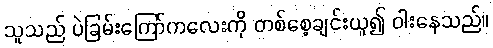
သူသည် ပဲခြမ်းကြော်ကလေးကို တစ်စေ့ချင်းယူ၍ ဝါးနေသည်။